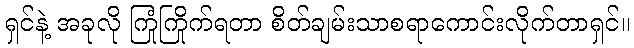
ရှင်နဲ့ အခုလို ကြုံကြိုက်ရတာ စိတ်ချမ်းသာစရာကောင်းလိုက်တာရှင်။